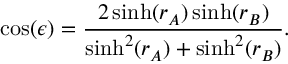
\cos ( \epsilon ) = \frac { 2 \sinh ( r _ { A } ) \sinh ( r _ { B } ) } { \sinh ^ { 2 } ( r _ { A } ) + \sinh ^ { 2 } ( r _ { B } ) } .